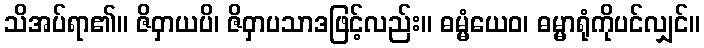
သိအပ်ရာ၏။ ဇိဝှာယပိ၊ ဇိဝှာပသာဒဖြင့်လည်း။ ဓမ္မံယေဝ၊ ဓမ္မာရုံကိုပင်လျှင်။